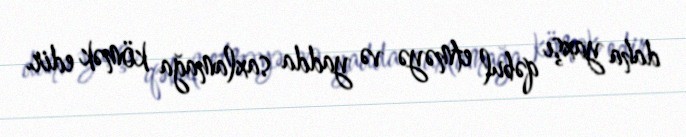
daha yaxşı qəbul etməyə və yadda saxlamağa kömək edir.